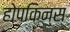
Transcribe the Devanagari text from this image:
होपकिन्स